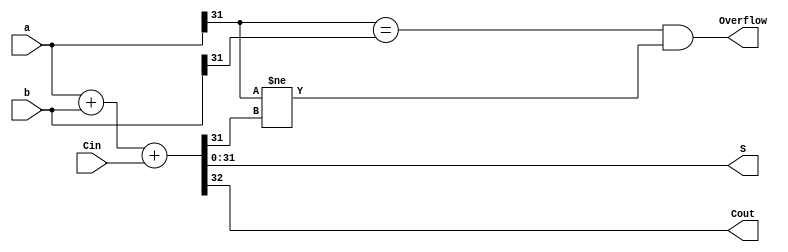
module VerilogAdder(
	input  wire [31:0]a,
	input  wire [31:0]b,
	input  wire Cin,
	output wire Overflow,
	output wire [31:0]S,
	output wire Cout
);
	assign {Cout,S} = a + b + Cin;
	assign Overflow = (a[31] == b[31]) & (a[31] != S[31]);
endmodule